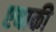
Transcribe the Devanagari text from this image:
एबाकी